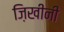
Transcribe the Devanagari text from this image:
ज़िखीनी